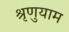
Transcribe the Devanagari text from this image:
श्रृणुयाम